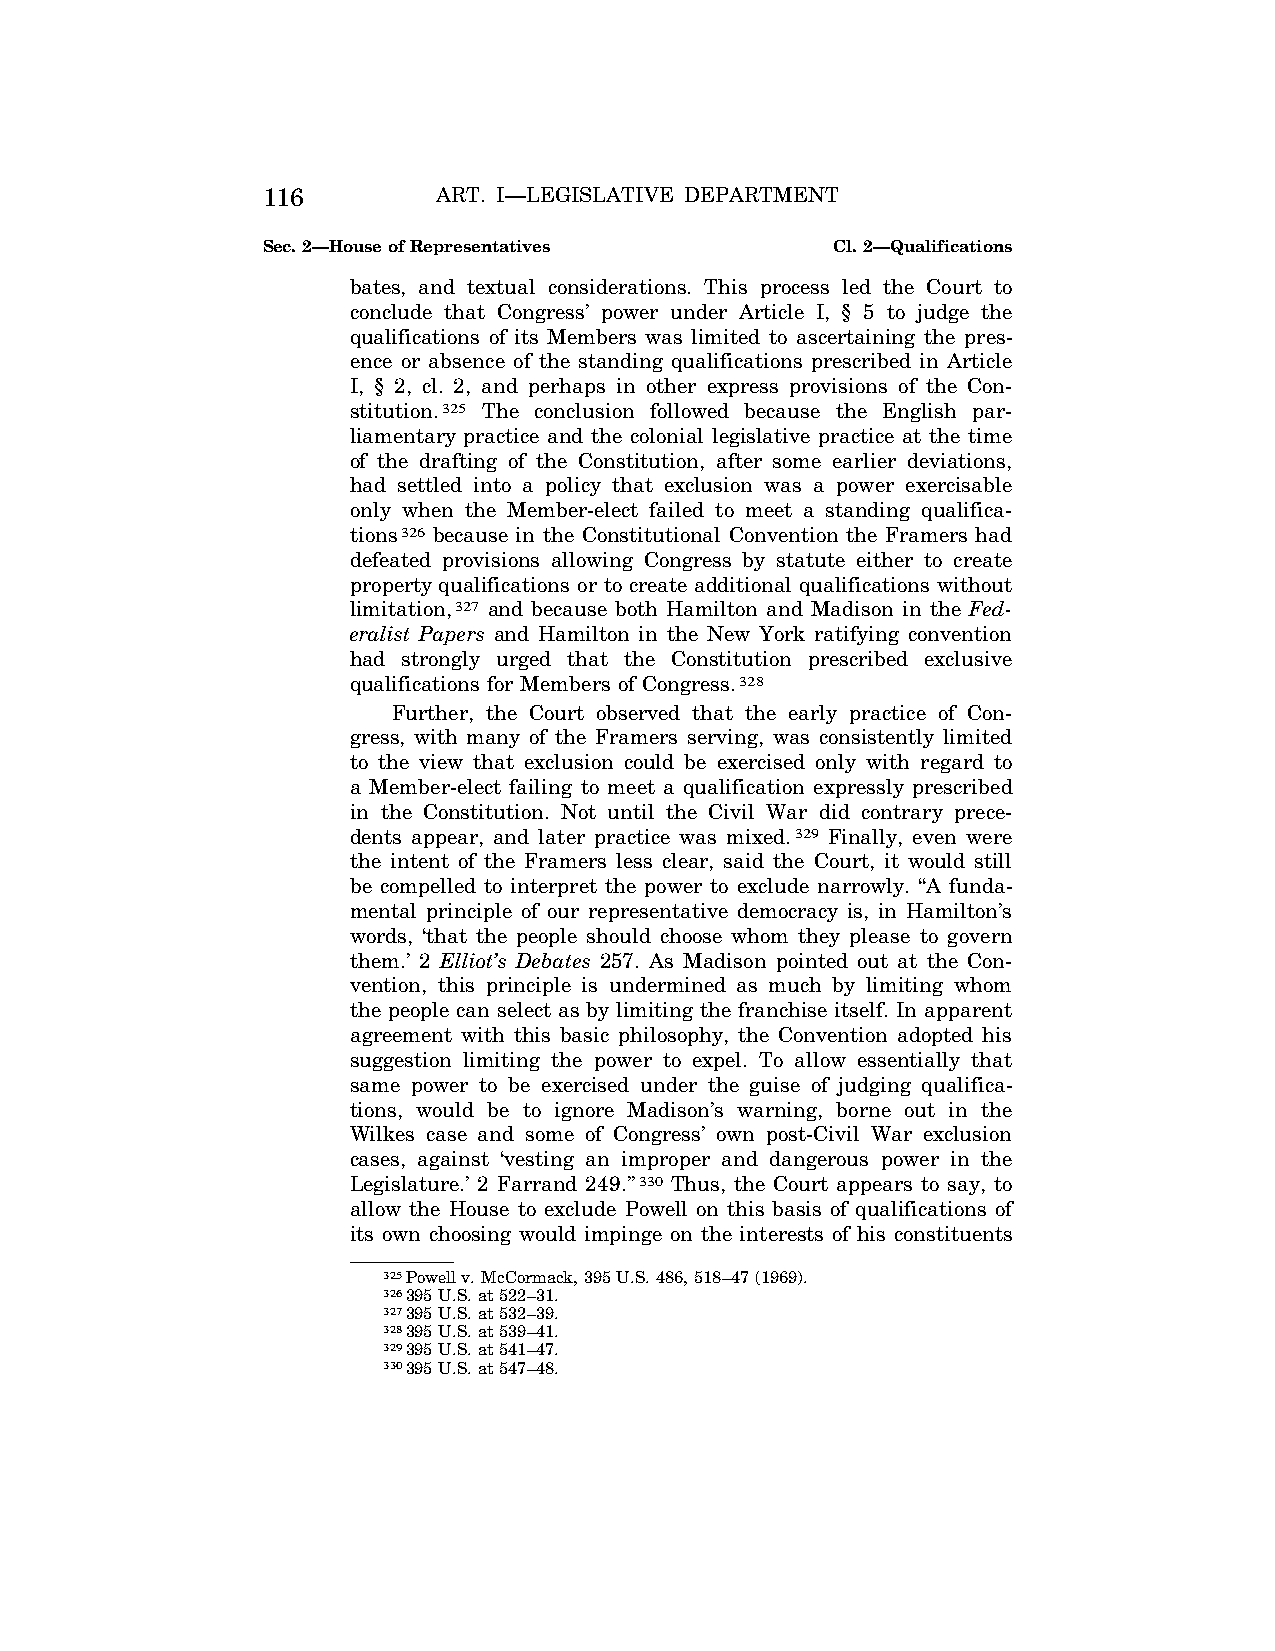
116         ART. I—LEGISLATIVE DEPARTMENT
 Sec. 2—House of Representatives       Cl. 2—Qualifications
 bates, and textual considerations. This process led the Court to
 conclude that Congress’ power under Article I, § 5 to judge the
 qualifications of its Members was limited to ascertaining the pres-
 ence or absence of the standing qualifications prescribed in Article
 I, § 2, cl. 2, and perhaps in other express provisions of the Con-
 stitution.325 The conclusion followed because the English par-
 liamentary practice and the colonial legislative practice at the time
 of the drafting of the Constitution, after some earlier deviations,
 had settled into a policy that exclusion was a power exercisable
 only when the Member-elect failed to meet a standing qualifica-
 tions326 because in the Constitutional Convention the Framers had
 defeated provisions allowing Congress by statute either to create
 property qualifications or to create additional qualifications without
 limitation,327 and because both Hamilton and Madison in the Fed-
 eralist Papers and Hamilton in the New York ratifying convention
 had strongly urged that the Constitution prescribed exclusive
 qualifications for Members of Congress.328
 Further, the Court observed that the early practice of Con-
 gress, with many of the Framers serving, was consistently limited
 to the view that exclusion could be exercised only with regard to
 a Member-elect failing to meet a qualification expressly prescribed
 in the Constitution. Not until the Civil War did contrary prece-
 dents appear, and later practice was mixed.329 Finally, even were
 the intent of the Framers less clear, said the Court, it would still
 be compelled to interpret the power to exclude narrowly. ‘‘A funda-
 mental principle of our representative democracy is, in Hamilton’s
 words, ‘that the people should choose whom they please to govern
 them.’ 2 Elliot’s Debates 257. As Madison pointed out at the Con-
 vention, this principle is undermined as much by limiting whom
 the people can select as by limiting the franchise itself. In apparent
 agreement with this basic philosophy, the Convention adopted his
 suggestion limiting the power to expel. To allow essentially that
 same power to be exercised under the guise of judging qualifica-
 tions, would be to ignore Madison’s warning, borne out in the
 Wilkes case and some of Congress’ own post-Civil War exclusion
 cases, against ‘vesting an improper and dangerous power in the
 Legislature.’ 2 Farrand 249.’’330 Thus, the Court appears to say, to
 allow the House to exclude Powell on this basis of qualifications of
 its own choosing would impinge on the interests of his constituents
 325Powell v. McCormack, 395 U.S. 486, 518–47 (1969).
 326395 U.S. at 522–31.
 327395 U.S. at 532–39.
 328395 U.S. at 539–41.
 329395 U.S. at 541–47.
 330395 U.S. at 547–48.
 VerDate Aug<04>2004 15:31 Sep 14, 2004 Jkt 077500 PO 00000 Frm 00054 Fmt 8222 Sfmt 8222 C:\CONAN\CON009.SGM PRFM99 PsN: CON009